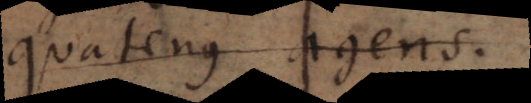
quatenus agens.